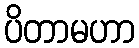
ပိတာမဟာ